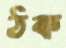
ঠক